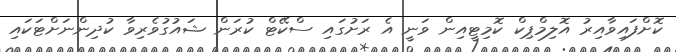
ކޮށްފައިވާއިރު އޮލިމްޕިކް ކޮމިޓީއިން ވަނީ އެ ރަށުގައި ސްކޭޓް ކުރަން ޝައުގުވެރިވާ ކުދިންނަށްޓަކައި